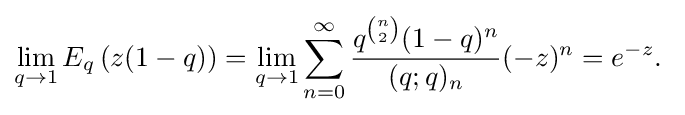
\lim _{q\to 1}E_{q}\left(z(1-q)\right)=\lim _{q\to 1}\sum _{n=0}^{\infty }{\frac {q^{\binom {n}{2}}(1-q)^{n}}{(q;q)_{n}}}(-z)^{n}=e^{-z}.~